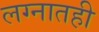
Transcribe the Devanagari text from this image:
लग्नातही